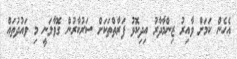
އެހެން ކަމަށް ވާއިރު ޒިންމާދާރު އިދިކޮޅު ފަރާތްތަކަށް ސަރުކާރުން ގޮވާލަނީ މި ވައުދުތައް